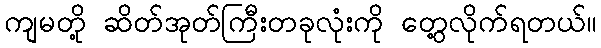
ကျမတို့ ဆိတ်အုတ်ကြီးတခုလုံးကို တွေ့လိုက်ရတယ်။